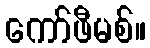
ကော်ဖီမစ်။